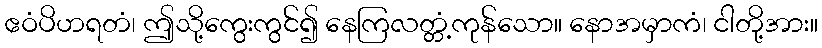
ဧဝံပိဟရတံ၊ ဤသို့ကွေးကွင်၍ နေကြလတ္တံ့ကုန်သော။ နောအမှာကံ၊ ငါတို့အား။